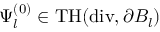
\Psi _ { l } ^ { ( 0 ) } \in \mathrm { T H } ( \mathrm { d i v } , \partial B _ { l } )